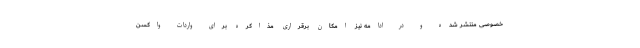
خصوصی منتشر شده و در ادامه نیز امکان برقراری مذاکره برای واردات واکسن